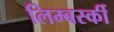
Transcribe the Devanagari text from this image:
लिम्बर्स्की